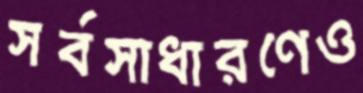
সর্বসাধারণেও